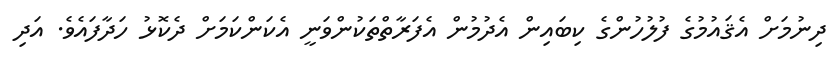
ދިނުމަށް އެޤައުމުގެ ފުލުހުންގެ ކިބައިން އެދުމުން އެފަރާތްތަކުންވަނީ އެކަންކަމަށް ދެކޮޅު ހަދާފައެވެ. އަދި